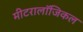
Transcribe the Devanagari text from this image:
मीटरालॉजिकल